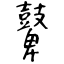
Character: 鼙